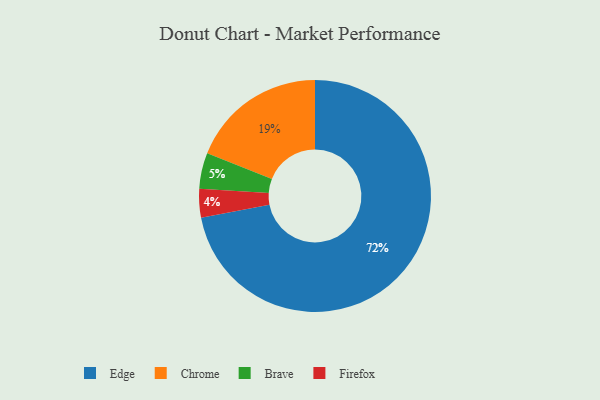
{"axis": {"x": "Category", "y": "Percentage"}, "legend": ["Brave", "Chrome", "Edge", "Firefox"], "data": [{"x": "Brave", "y": 5, "type": "Brave"}, {"x": "Firefox", "y": 4, "type": "Firefox"}, {"x": "Chrome", "y": 19, "type": "Chrome"}, {"x": "Edge", "y": 72, "type": "Edge"}]}